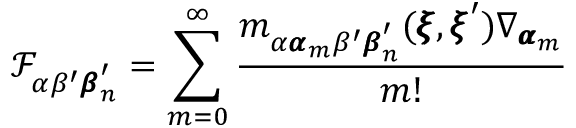
\mathcal { F } _ { \alpha \beta ^ { \prime } { \pmb \beta } _ { n } ^ { \prime } } = \sum _ { m = 0 } ^ { \infty } \frac { m _ { \alpha { \pmb \alpha } _ { m } \beta ^ { \prime } { \pmb \beta } _ { n } ^ { \prime } } ( { \pmb \xi } , { \pmb \xi } ^ { \prime } ) \nabla _ { { \pmb \alpha } _ { m } } } { m ! }